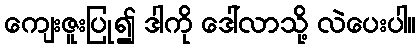
ကျေးဇူးပြု၍ ဒါကို ဒေါ်လာသို့ လဲပေးပါ။